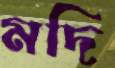
মদি